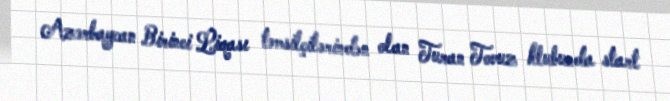
Azərbaycan Birinci Liqası təmsilçilərindən olan Turan Tovuz klubunda start